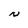
Character: N